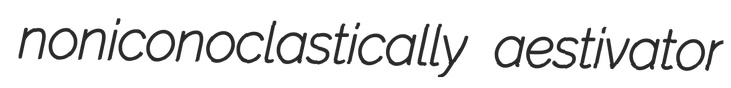
noniconoclastically aestivator